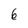
Character: 6